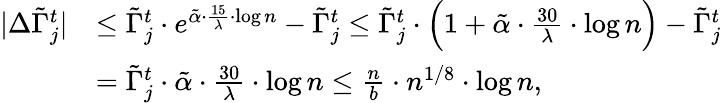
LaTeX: \begin{array}{rl}{|\Delta\tilde{\Gamma}_{j}^{t}|}&{\leq\tilde{\Gamma}_{j}^{t}\cdot e^{\tilde{\alpha}\cdot\frac{15}{\lambda}\cdot\log n}-\tilde{\Gamma}_{j}^{t}\leq\tilde{\Gamma}_{j}^{t}\cdot\Big(1+\tilde{\alpha}\cdot\frac{30}{\lambda}\cdot\log n\Big)-\tilde{\Gamma}_{j}^{t}}\\ &{=\tilde{\Gamma}_{j}^{t}\cdot\tilde{\alpha}\cdot\frac{30}{\lambda}\cdot\log n\leq\frac{n}{b}\cdot n^{1/8}\cdot\log n,}\end{array}